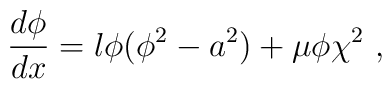
\frac{d\phi}{dx} = \l\phi(\phi^2 - a^2) + \mu\phi\chi^2 ~,